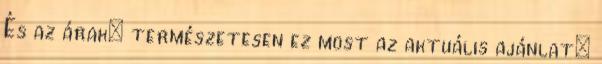
És az árak: természetesen ez most az aktuális ajánlat: